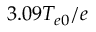
3 . 0 9 T _ { e 0 } / e